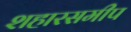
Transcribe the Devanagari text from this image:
शहारसमीप